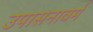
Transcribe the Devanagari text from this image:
उपासनावर्म